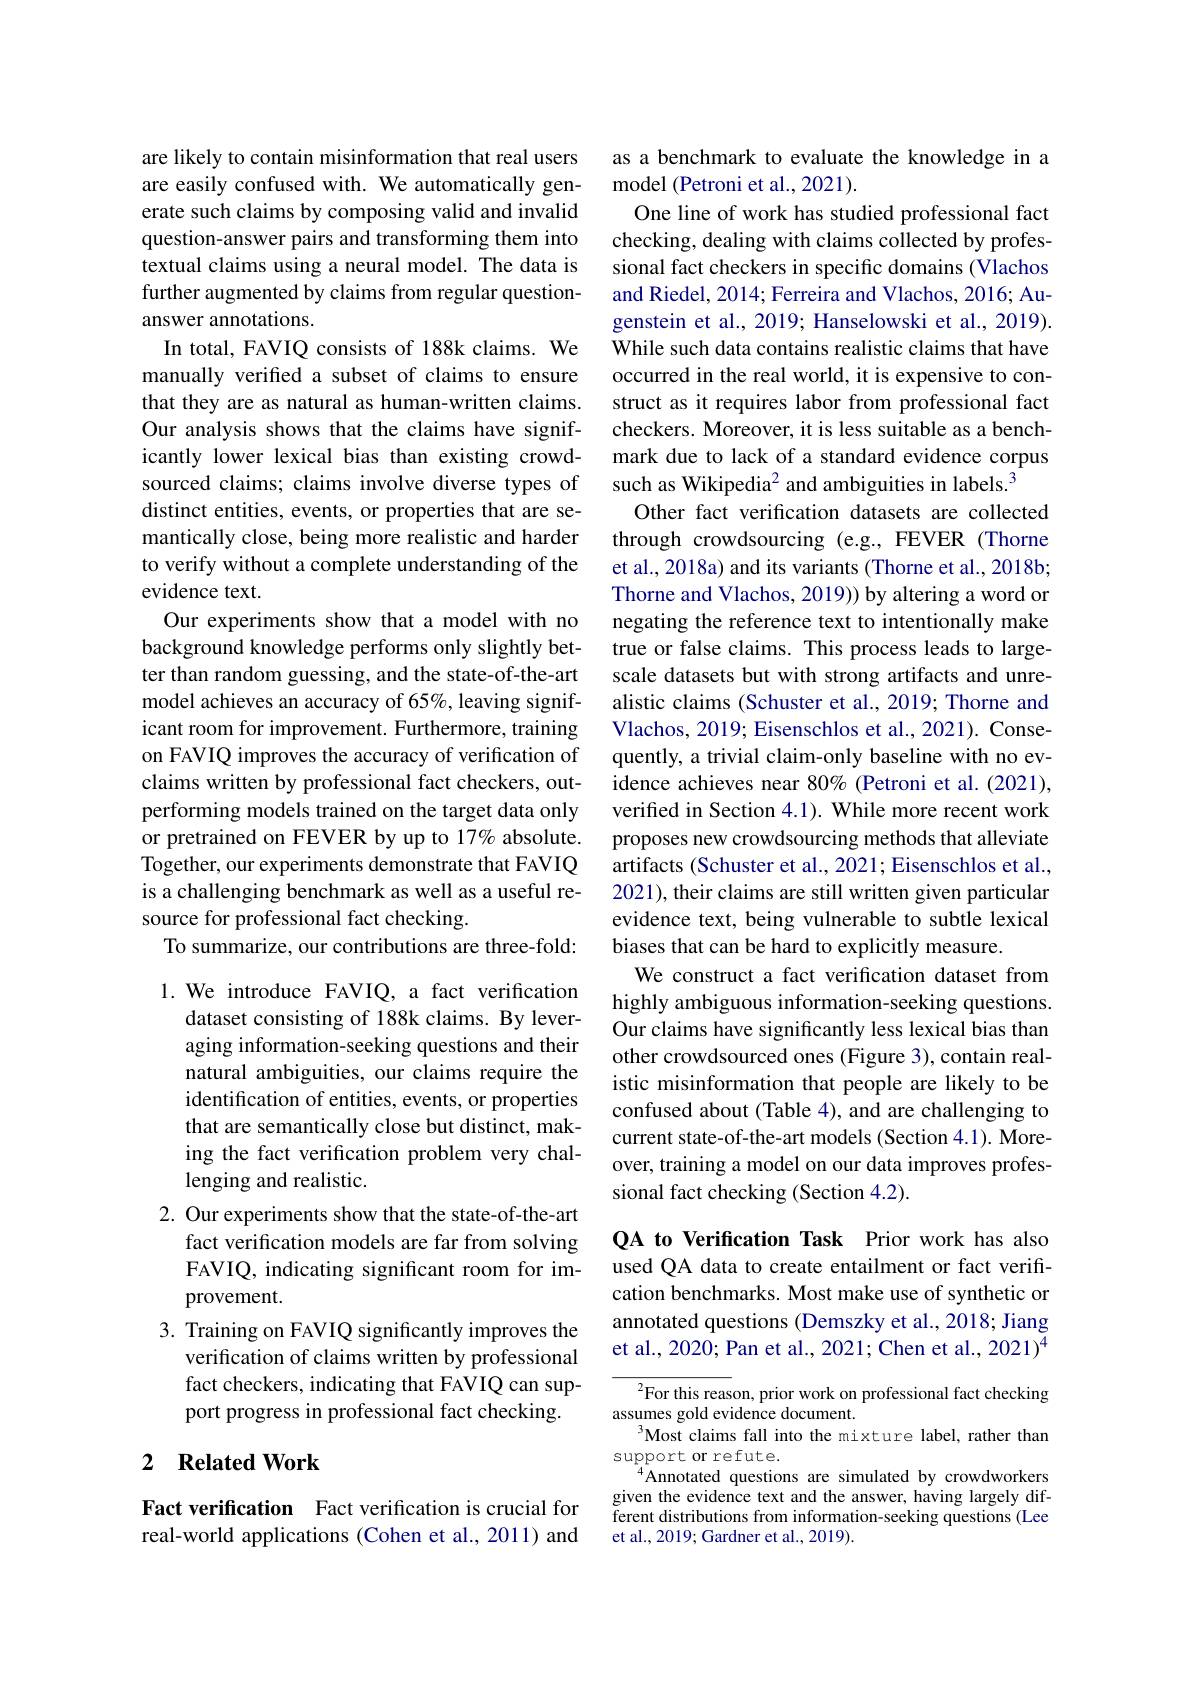
are likely to contain misinformation that real users are easily confused with. We automatically generate such claims by composing valid and invalid question-answer pairs and transforming them into textual claims using a neural model. The data is further augmented by claims from regular questionanswer annotations.
In total, FAVIQ consists of 188k claims. We manually verified a subset of claims to ensure that they are as natural as human-written claims. Our analysis shows that the claims have significantly lower lexical bias than existing crowdsourced claims; claims involve diverse types of distinct entities, events, or properties that are semantically close, being more realistic and harder to verify without a complete understanding of the evidence text.
Our experiments show that a model with no background knowledge performs only slightly better than random guessing, and the state-of-the-art model achieves an accuracy of 65%, leaving significant room for improvement. Furthermore, training on FAVIQ improves the accuracy of verification of claims written by professional fact checkers, outperforming models trained on the target data only or pretrained on FEVER by up to 17% absolute. Together, our experiments demonstrate that FAVIQ is a challenging benchmark as well as a useful resource for professional fact checking.
To summarize, our contributions are three-fold:

1.We introduce FAVIQ, a fact verification
dataset consisting of 188k claims. By leveraging information-seeking questions and their natural ambiguities, our claims require the identification of entities, events, or properties that are semantically close but distinct, making the fact verification problem very challenging and realistic.
2. Our experiments show that the state-of-the-art
fact verification models are far from solving FAVIQ, indicating significant room for improvement.
3. Training on FAVIQ significantly improves the
verification of claims written by professional fact checkers, indicating that FAVIQ can support progress in professional fact checking.

## 2 $\textbf{Related Work}$

Fact verification Fact verification is crucial for real-world applications (Cohen et al., 2011) and

as a benchmark to evaluate the knowledge in a
model (Petroni et al., 2021).
One line of work has studied professional fact checking, dealing with claims collected by professional fact checkers in specific domains (Vlachos and Riedel, 2014; Ferreira and Vlachos, 2016; Augenstein et al., 2019; Hanselowski et al., 2019). While such data contains realistic claims that have occurred in the real world, it is expensive to construct as it requires labor from professional fact checkers. Moreover, it is less suitable as a benchmark due to lack of a standard evidence corpus such as Wikipedia$^{2}$ and ambiguities in labels.$^{3}$
Other fact verification datasets are collected through crowdsourcing (e.g., FEVER (Thorne et al., 2018a) and its variants (Thorne et al., 2018b; Thorne and Vlachos, 2019)) by altering a word or negating the reference text to intentionally make true or false claims. This process leads to largescale datasets but with strong artifacts and unrealistic claims (Schuster et al., 2019; Thorne and Vlachos, 2019; Eisenschlos et al., 2021). Consequently, a trivial claim-only baseline with no evidence achieves near 80% (Petroni et al. (2021), verified in Section 4.1). While more recent work proposes new crowdsourcing methods that alleviate artifacts (Schuster et al., 2021; Eisenschlos et al., 2021), their claims are still written given particular evidence text, being vulnerable to subtle lexical biases that can be hard to explicitly measure.
We construct a fact verification dataset from highly ambiguous information-seeking questions. Our claims have significantly less lexical bias than other crowdsourced ones (Figure 3), contain realistic misinformation that people are likely to be confused about (Table 4), and are challenging to current state-of-the-art models (Section 4.1). Moreover, training a model on our data improves professional fact checking (Section 4.2).

QA to Verification Task Prior work has also used QA data to create entailment or fact verification benchmarks. Most make use of synthetic or annotated questions (Demszky et al., 2018; Jiang et al., 2020; Pan et al., 2021; Chen et al., 2021)$^{4}$

${}^{2}$For this reason, prior work on professional fact checking
assumes gold evidence document.
Most claims fall into the mixture label, rather than
support or refute.
Annotated questions are simulated by crowdworkers given the evidence text and the answer, having largely different distributions from information-seeking questions (Lee et al., 2019; Gardner et al., 2019).